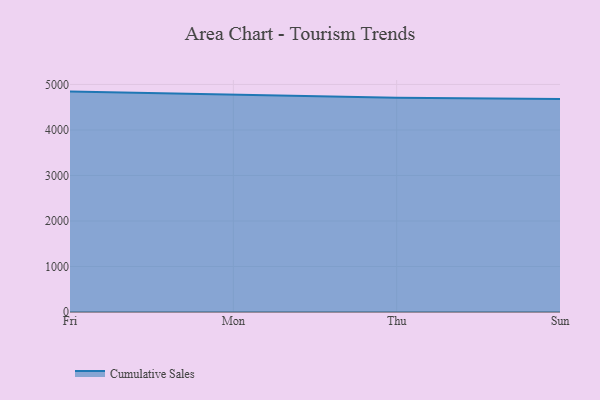
{"axis": {"x": "Day", "y": "Customer Acquisition Cost (USD)"}, "legend": ["Cumulative Sales"], "data": [{"x": "Fri", "y": 4843.1, "type": "Cumulative Sales"}, {"x": "Mon", "y": 4769.6, "type": "Cumulative Sales"}, {"x": "Thu", "y": 4710.4, "type": "Cumulative Sales"}, {"x": "Sun", "y": 4682.4, "type": "Cumulative Sales"}]}